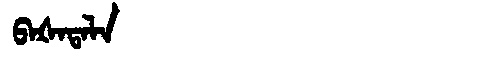
Manchu: ᠪᠠᡧᠠᡨᠠᠯᠠ
Romanization: BAŠATALA